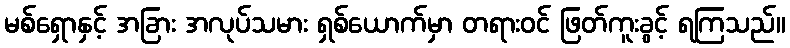
မစ်ရှောနှင့် အခြား အလုပ်သမား ရှစ်ယောက်မှာ တရားဝင် ဖြတ်ကူးခွင့် ရကြသည်။